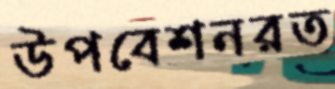
উপবেশনরত